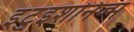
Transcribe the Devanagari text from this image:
इंटुइशनिज्म